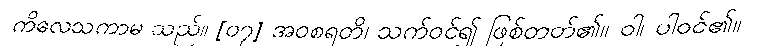
ကိလေသကာမ သည်။ [၀၇] အဝစရတိ၊ သက်ဝင်၍ ဖြစ်တတ်၏။ ဝါ၊ ပါဝင်၏။